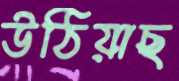
উঠিয়াছ